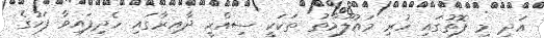
އަދި މި ފޮތުގައި ހުރި މައުލޫމާތު ތަކަކީ ސިއްހީ ދާއިރާގައި ހެދިފައިވާ ފަހުގެ